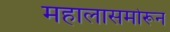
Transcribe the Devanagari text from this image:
महालासमोरून